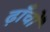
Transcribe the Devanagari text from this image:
ढ़ाँचों